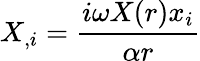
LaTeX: X_{,i}=\frac{i\omega X(r)x_{i}}{\alpha r}